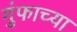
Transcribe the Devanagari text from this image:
गुंफाच्या